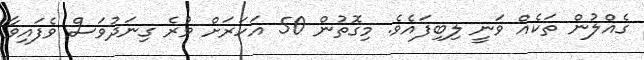
ގެއްލުން ތަކެއް ވަނީ ލިބިފައެވެ. މިގޮތުން 50 އަހަރަށް ވުރެ ގިނަދުވަސް ވެފައިވާ